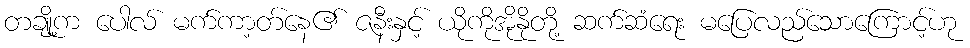
တချို့က ပေါလ် မက်ကာ့တ်နေ၏ ဇနီးနှင့် ယိုကိုအိုနိုတို့ ဆက်ဆံရေး မပြေလည်သောကြောင့်ဟု